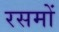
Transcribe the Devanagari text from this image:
रसमों